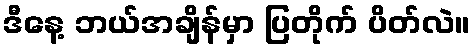
ဒီနေ့ ဘယ်အချိန်မှာ ပြတိုက် ပိတ်လဲ။